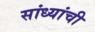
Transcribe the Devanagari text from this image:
सांध्यांची